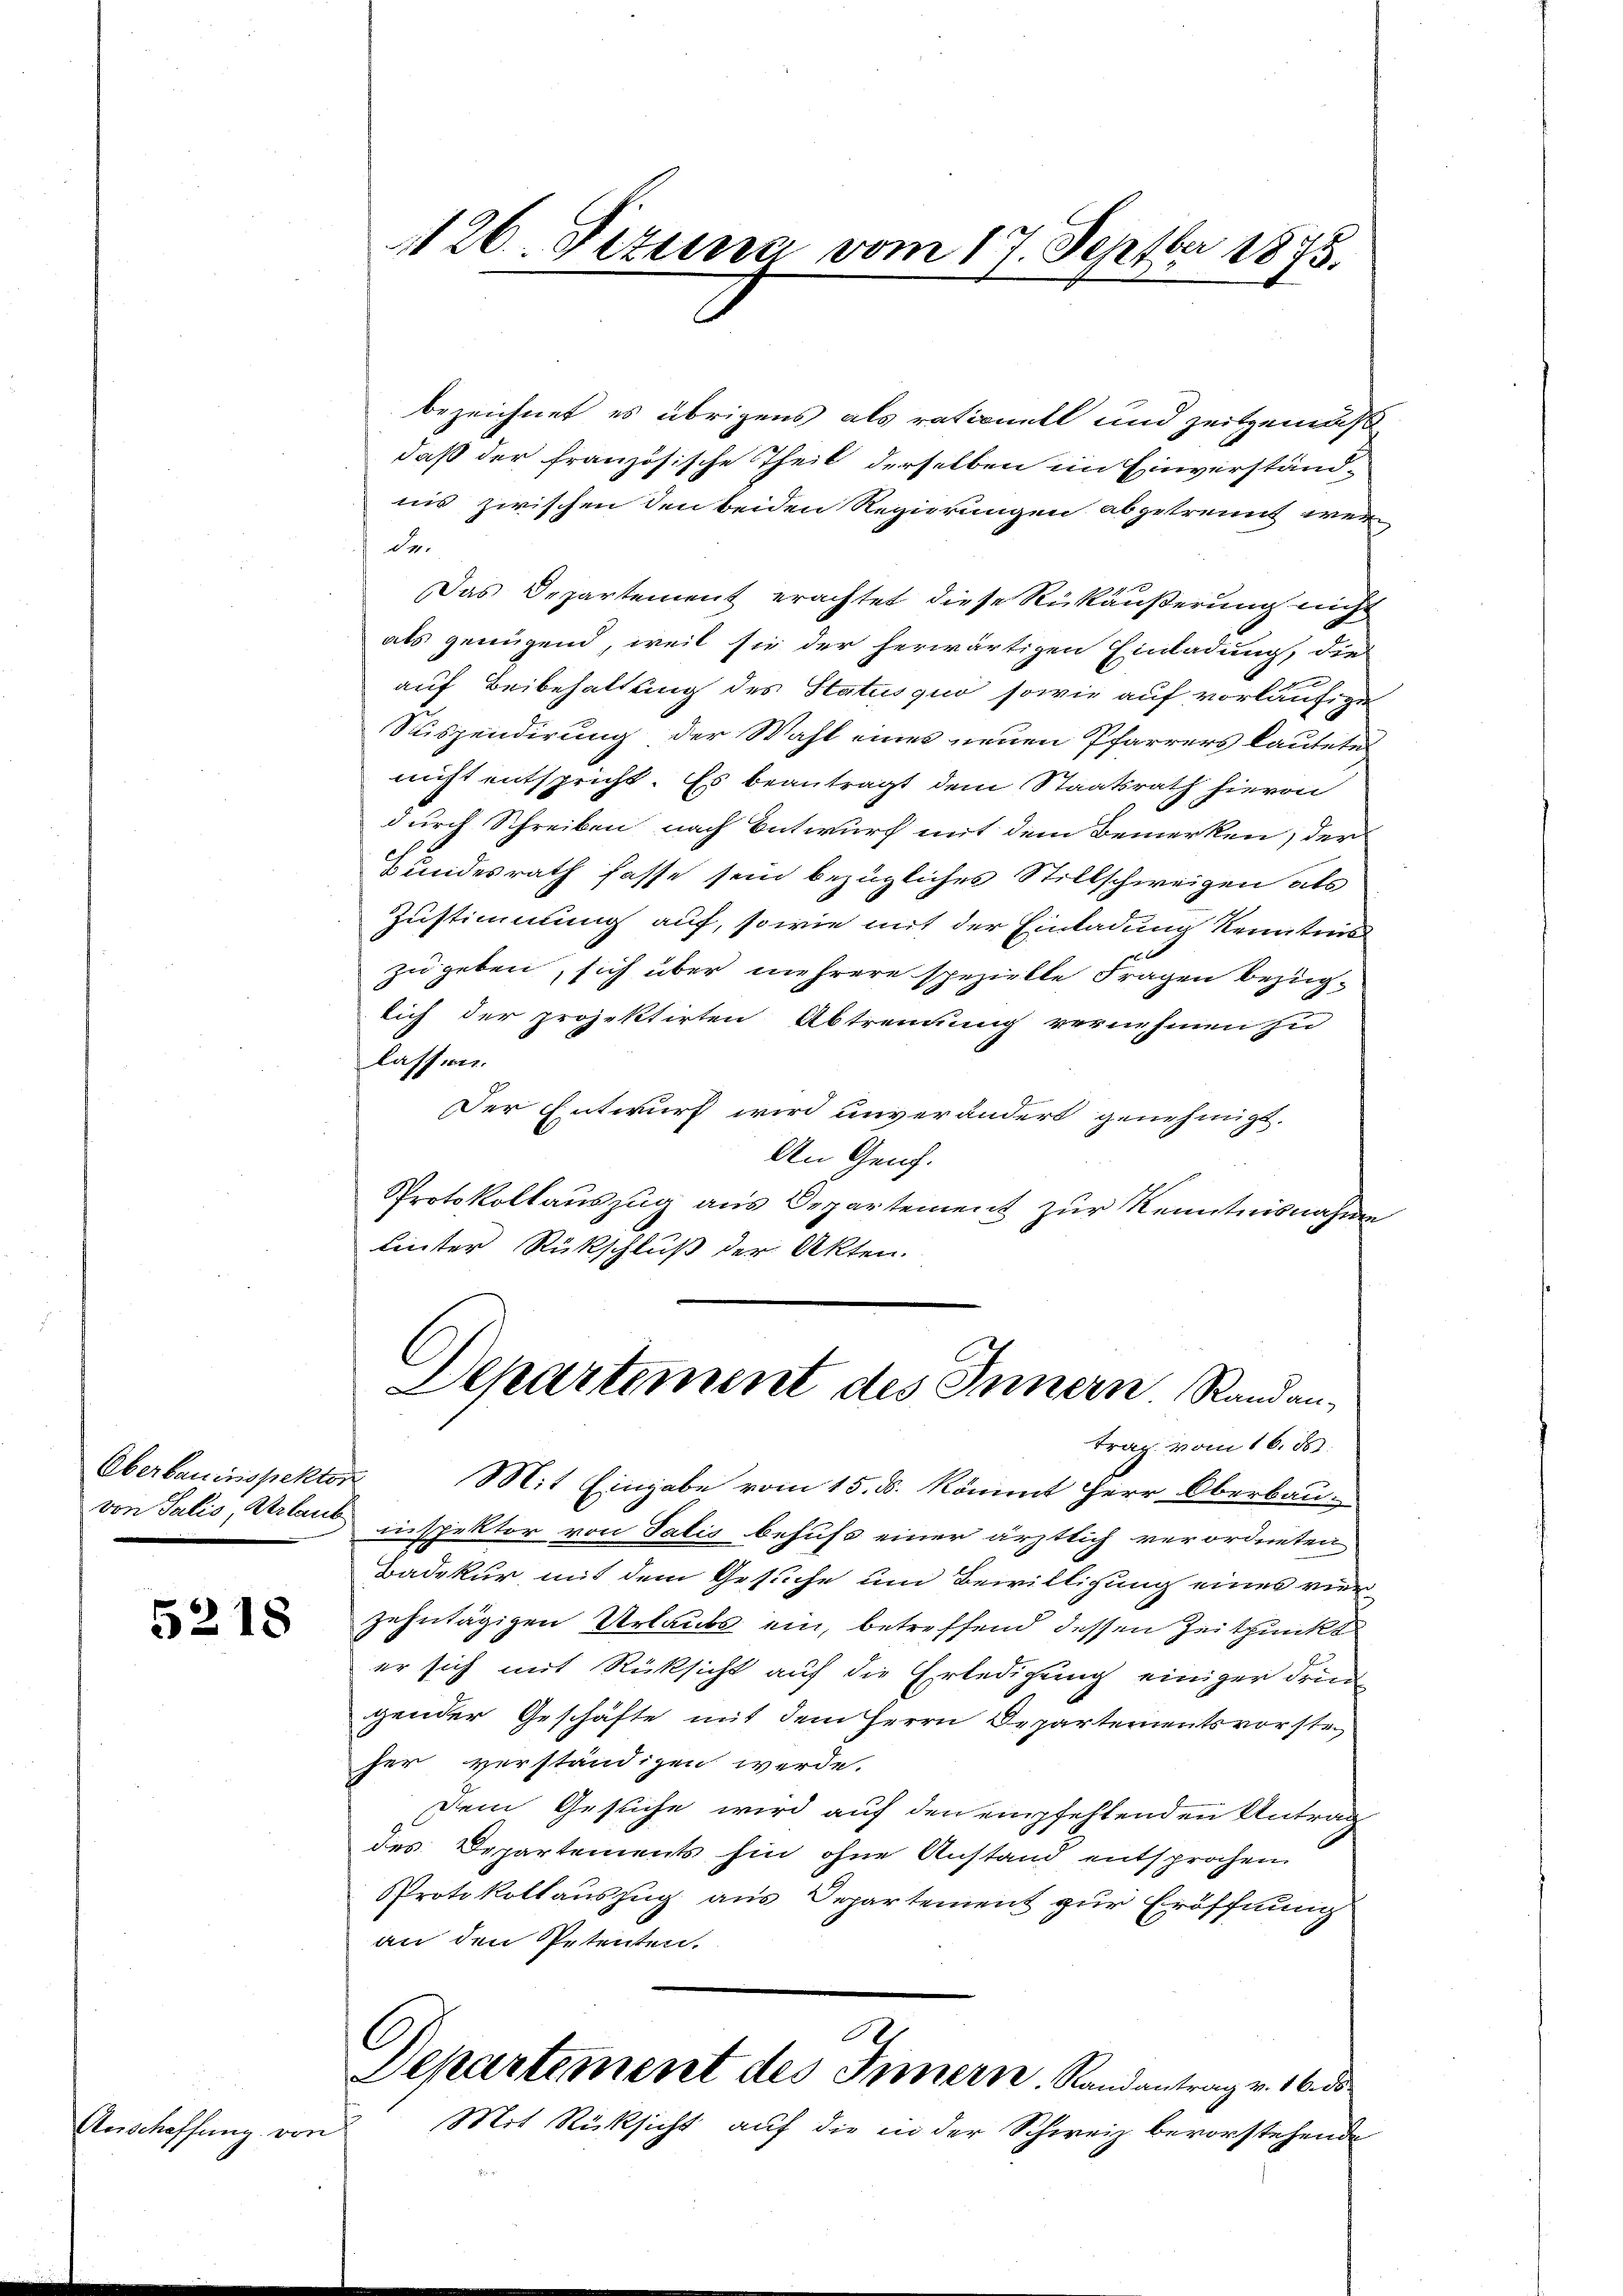
5218

Anschaffung von

1126. Dezema vom 17. Septbr 1875.

bezeichnet es übrigens als rationell und zeitgemäß
daß der französische Theil derselben im Einverständnis zwischen den beiden Regierungen abgetrennt werde.
Das Departement erachtet diese Rückäußerung nicht
als genügend, weil sie der herwärtigen Einladung, die
auf Beibehaltung des Status quo sowie auf vorläufigen
Suspendirung der Wahl eines neuen Pfarrers lautete
nicht entspricht. Es beantragt dem Staatsrath hievon
durch Schreiben nach Entwurf mit dem Bemerken, der
Bundesrath fasse sein bezügliches Stillschweigen als
Zustimmung auf, sowie mit der Einladung Kenntnis
zu geben, sich über mehrere spezielle Fragen bezüglich der projektirten Abtrennung vernehmen si
lassen.
Der Entwurf wird unverändert genehmigt.
An Genf.
Protokollauszug aus Departement zur Kenntnisnahme
linter Rückschluß der Akten.
Departement des Innern Randantrag vom 16. 86.
Oberbauinspektor Mit Eingabe vom 15. ds. kömmt Herr Oberbau-
von Talis, Verlaut inspektor von Talis behufs einer ärztlich verordneten
Badekur mit dem Gesuche um Bewilligung eines vier
zehntägigen Urlaubs ein, betreffend dessen Zeitpunkt
er sich mit Rücksicht auf die Erledigung einiger druc
gender Geschäfte mit dem Herrn Departementsvorste
her verständigen werde.
Dem Gesuche wird auf den empfehlenden Antrag
des Departements hin ohne Anstand entsprochen
Protokollauszug aus Departement zur Eröffnung
an den Petenten.
Departement des Innern. Randantrag v. 16. ds
Mit Rücksicht auf die in der Schweiz bevorstehende
e